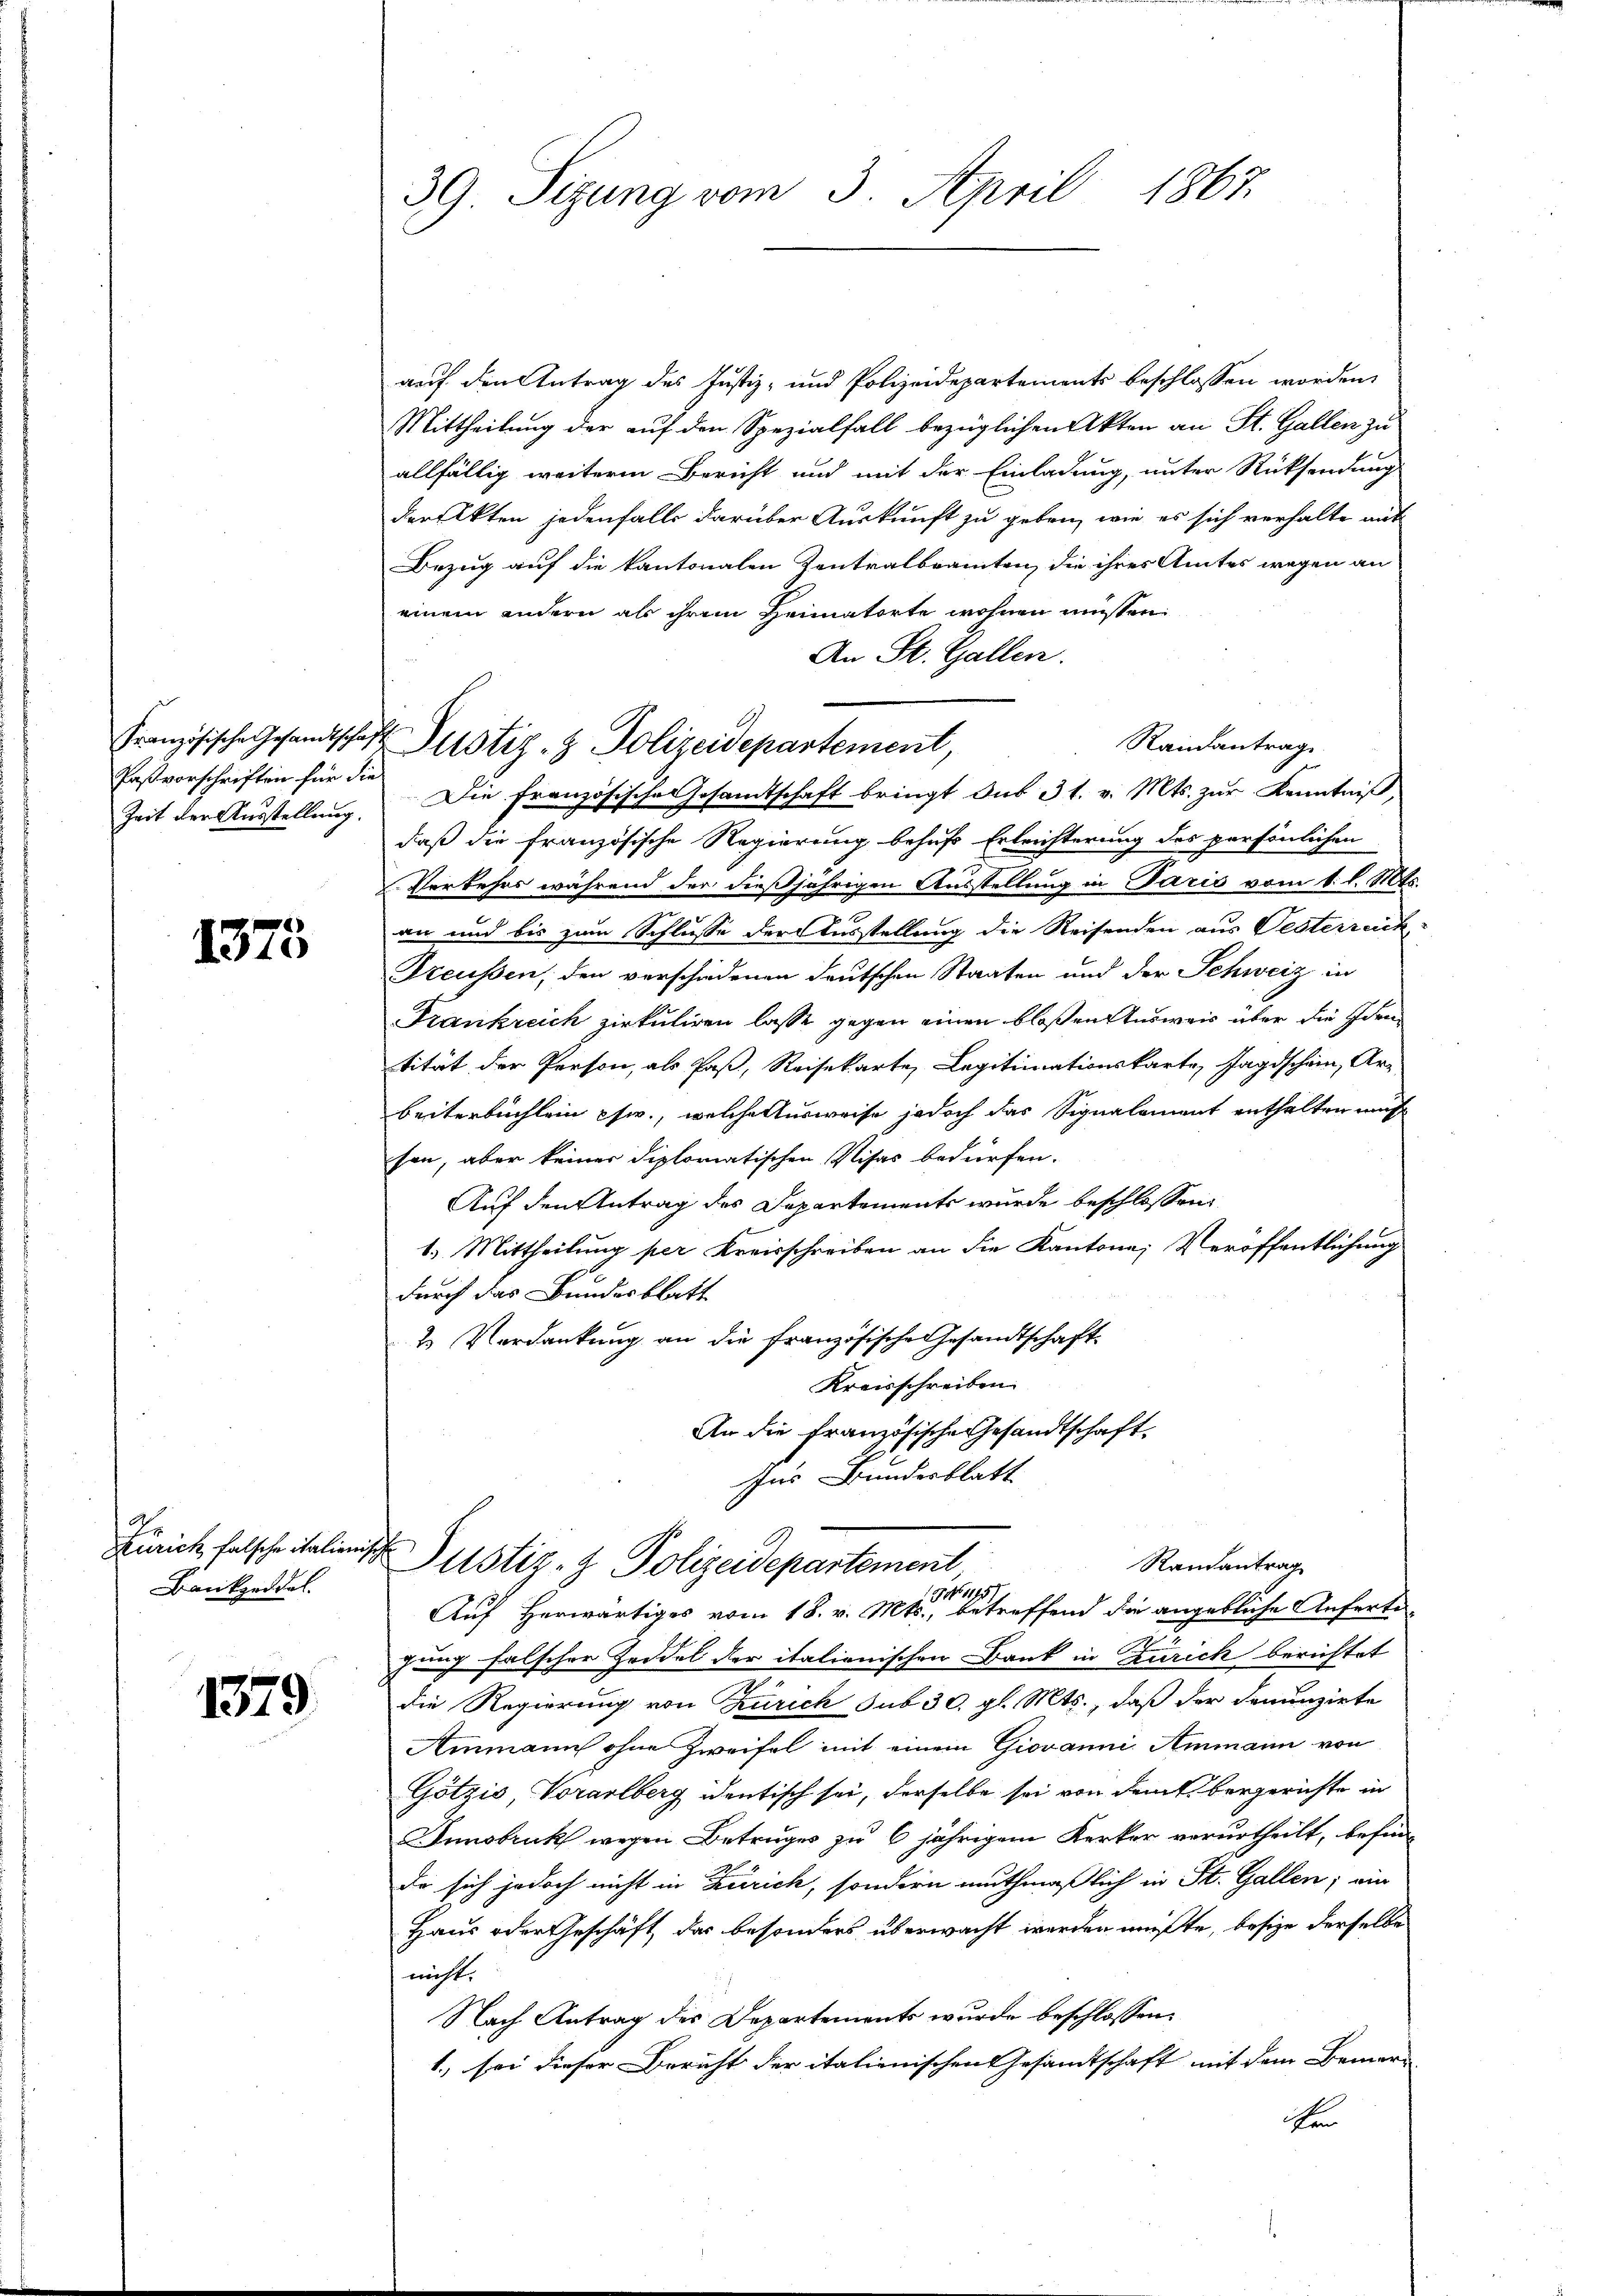
Paßvorschriften für die

1375

Zürich falsche italien,
Bankzeidel.

1379.

auf den Antrag des Justiz- und Polizeidepartements beschlossen worden,
Mittheilung der auf den Spezialfall bezüglichen Akten an St. Gallen zu
allfällig weiterm Bericht und mit der Einladung, unter Rücksendung
der Akten jedenfalls darüber Auskunft zu geben, wie es sich verhalte auf
Bezug auf die kantonalen Zentralbeamten, die ihres Amtes wegen an
einem andern als ihrem Heimatorte wohnen müssen.
An St. Gallen.
Rainantrage
Zeit der Ausstellung. Die Französische Gesandtschaft bringt dus 31. v. Mts. zur Kenntniß,
daß die französische Regierung behufs Erleichterung des persönlichen
Verkehrs während der dießjährigen Ausstellung in Paris vom 1. l. Mts.
an und bis zum Schlusse der Ausstellung die Reisenden aus Oesterreich
Freussen, den verschiedenen deutschen Staaten und der Schweiz in
Frankreich zirkuliren lasse gegen einen bloßen Ausweis über die Identität der Person, als Paß, Reisekarte, Legitimationskarte, Jagdschein, Arz
beiterbuchlein psw., welche Ausweise jedoch das Signalement enthalten mus
sen, aber keiner diplomatischen Visas bedürfen.
Auf den Antrag des Departements wurde beschlossen:
1.) Mittheilung per Kreisschreiben an die Kantone; Veröffentlichung
durch das Bundesblatt
2 Verdankung an die Französische Gesandtschaft¬
Kreisschreiben.
An die Französische Gesandtschaft
für Bundesblatt

39 Sizung vom 3. April 1867.

Französische Gesandtschaft Zustiz- & Polizeidepartement,

fung falscher Zeddel der itationischen Dank in Zürich berichtet
die Regierung von Zürich sub 30. gl. Mts., daß der Denunzirte
Ammann ohne Zweifel mit einem Giovanni Ammann von
Götzis, Vorarlberg identisch sei, derselbe sei von dem bergerichte in
Innsbruk wegen Betruges zu 6 jährigem Kerker verurtheilt, befin-
Da sich jedoch nicht in Zürich, sondern muthmaßlich in St. Gallen; ein
Haus oder Geschäft, das besonders überwacht werden müßte, besize derselbe
nicht.
Nach Antrag des Departements wurde beschlossen:
1., sei dieser Bericht der italienischentesandtschaft mit dem Bruner- |
ten

Randantrag
 Justiz- & Polizeidepartement
.
17
Auf Herwärtiges vom 18. v. Mts., betreffend die angebliche Anferte